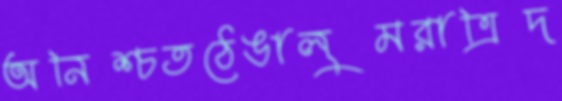
অনিশ্চতঠেঙালুমরাত্রিদ